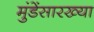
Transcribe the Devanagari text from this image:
मुंडेंसारख्या